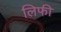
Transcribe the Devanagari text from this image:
लिफी